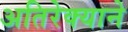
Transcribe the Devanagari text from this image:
अतिरेक्याने